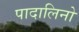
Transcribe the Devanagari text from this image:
पादालिनो